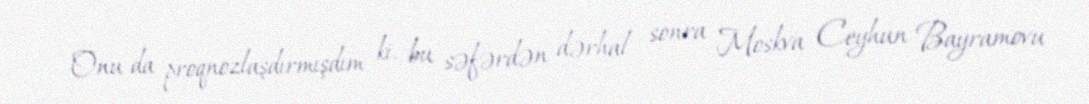
Onu da proqnozlaşdırmışdım ki, bu səfərdən dərhal sonra Moskva Ceyhun Bayramovu